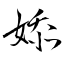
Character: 婖